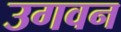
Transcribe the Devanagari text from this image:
उगवन